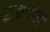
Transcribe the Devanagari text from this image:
छद्मफल